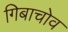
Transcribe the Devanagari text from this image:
गिबाचोव